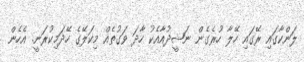
ލަންކާގައި ރޭގައި ހޭލާ ހުރެގެން ނަޝީދުއާއެކު ހާދަ ވަގުތެއް މިކަލޭގެ ހޭދަމިކުރަނީ. އެހެން